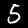
Digit: 5